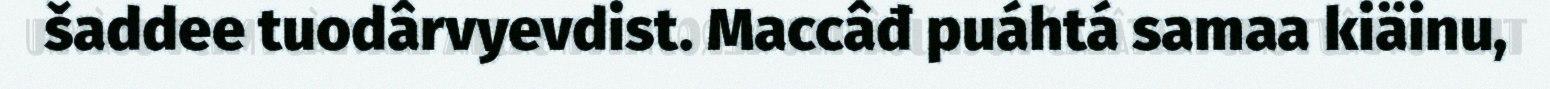
šaddee tuodârvyevdist. Maccâđ puáhtá samaa kiäinu,